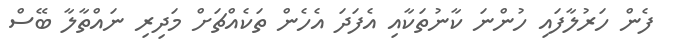
ފެން ހަރުލާފައި ހުންނަ ކާނުތަކާއި އެފަދަ އެހެން ތަކެއްޗަށް މަދިރި ނައްތާލާ ބޭސް